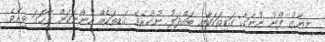
ނިޔާޒު ފޯނު ނުނަގާ ގަޑިތަކަކާއި ބައްދަލު ނުކުރެވޭ ގަޑިތަކެއް ހުންނަކަން ފާހަގަ ވިއެވެ.